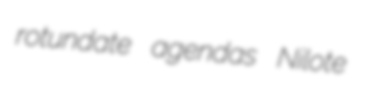
rotundate agendas Nilote